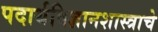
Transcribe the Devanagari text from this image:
पदार्थविज्ञानशास्त्राचे